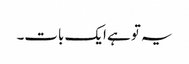
یہ تو ہے ایک بات۔